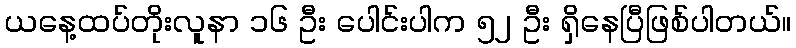
ယနေ့ထပ်တိုးလူနာ ၁၆ ဦး ပေါင်းပါက ၅၂ ဦး ရှိနေပြီဖြစ်ပါတယ်။